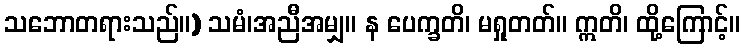
သဘောတရားသည်။) သမံ၊အညီအမျှ။ န ပေက္ခတိ၊ မရှုတတ်။ ဣတိ၊ ထို့ကြောင့်။